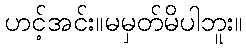
ဟင့်အင်း။မမှတ်မိပါဘူး။